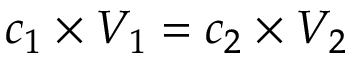
c _ { 1 } \times V _ { 1 } = c _ { 2 } \times V _ { 2 }